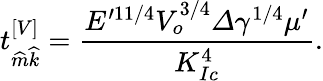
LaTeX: t_{\widehat{m}\widehat{k}}^{[V]}=\frac{E^{\prime 11/4}V_{o}^{3/4}\varDelta\gamma^{1/4}\mu^{\prime}}{K_{Ic}^{4}}.